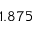
1 . 8 7 5